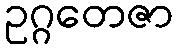
ဥဂ္ဂတေဇာ